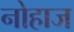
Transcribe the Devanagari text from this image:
नोहाज